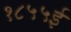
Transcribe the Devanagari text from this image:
१८५५ई